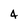
Character: 4